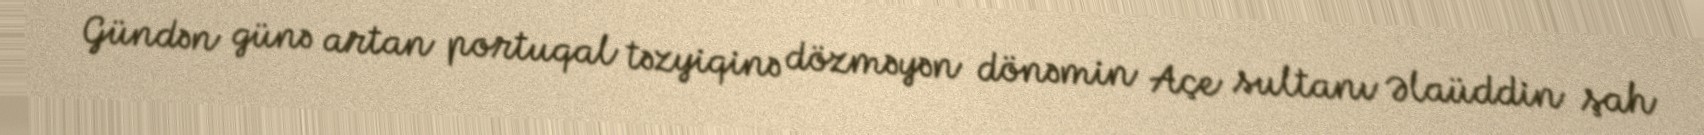
Gündən günə artan portuqal təzyiqinə dözməyən dönəmin Açe sultanı Əlaüddin şah